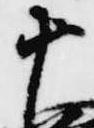
十